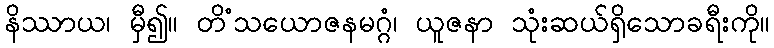
နိဿာယ၊ မှီ၍။ တိံသယောဇနမဂ္ဂံ၊ ယူဇနာ သုံးဆယ်ရှိသောခရီးကို။